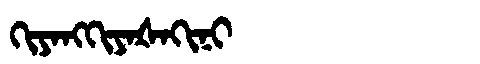
Manchu: ᡴᡳᠶᠠᠩᡴᡳᠶᠠᡧᠠᡴᡳᠨᡳ
Romanization: KIYANGKIYAŠAKINI